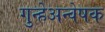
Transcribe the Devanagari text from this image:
गुन्हेअन्वेषक